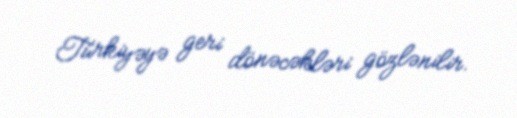
Türkiyəyə geri dönəcəkləri gözlənilir.